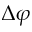
\Delta \varphi